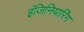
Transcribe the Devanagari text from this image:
इंजिनियारिंग